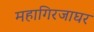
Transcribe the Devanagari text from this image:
महागिरजाघर